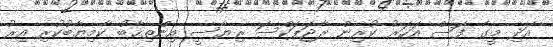
އަދި މީގެ ފަސް އަހަރު ކުރިން ރާޖަޕަކްސަ ރިޔާސީ އިންތިޙާބު ކާމިޔާބުކުރި އިރު